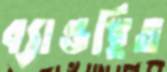
ব্যান্ডস্থিত